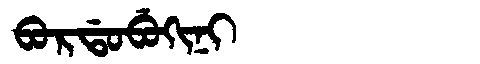
Manchu: ᠪᠣᡵᡩᠣᠪᡠᡴᡳᠨᡳ
Romanization: BORDOBUKINI